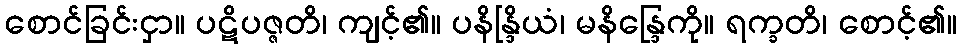
စောင်ခြင်းငှာ။ ပဋိပဇ္ဇတိ၊ ကျင့်၏။ ပနိန္ဒြိယံ၊ မနိန္ဒြေကို။ ရက္ခတိ၊ စောင့်၏။